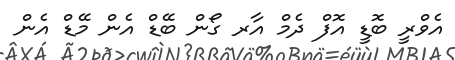
އެވްރީ ބޮޑީ އޮފް ދެމް އާރ ގޯން ބޭޑް އެން މޭޑް އެން